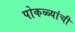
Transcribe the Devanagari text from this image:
पोकळ्यांची